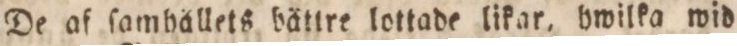
De af ſambållets bättre lottade likar, hwilka wid